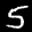
Label: 5